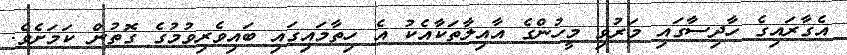
އެގާރައިގެ ހާދިސާގައި މަރުވި މީހުންގެ އާއިލާތަކާއެކު އެ ހިތާމައިގައި ބައިވެރިވުމުގެ ގޮތުން ކަމަށެވެ.